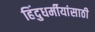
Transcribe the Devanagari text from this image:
हिंदुधर्मीयांसाठी